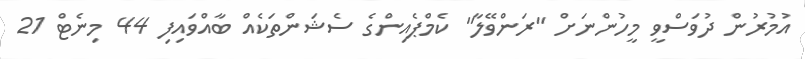
އުމުރުން ދުވަސްވީ މީހުންނަށް "ރަންވޭލާ" ކެމްޕެއިންގެ ސެޝަންތަކެއް ބާއްވައިފި 44 މިނެޓް 21